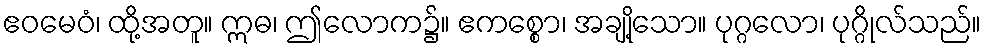
ဧဝမေဝံ၊ ထို့အတူ။ ဣဓ၊ ဤလောက၌။ ဧကစ္စော၊ အချို့သော။ ပုဂ္ဂလော၊ ပုဂ္ဂိုလ်သည်။